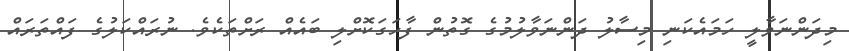
މިދަންނަވާލީ ހަމައެކަނި މިސާލު ދަންނަވާލުމުގެ ގޮތުން ފާހަގަކޮށްލި ބައެއް ރަށްތަކެވެ. ނުރައްކަލުގެ ފައްތަރައް